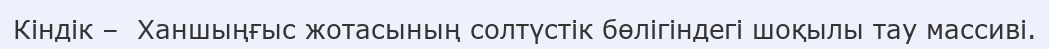
Кіндік –  Ханшыңғыс жотасының солтүстік бөлігіндегі шоқылы тау массиві.